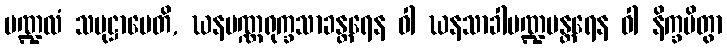
မဏ္ဍလံ သမုဋ္ဌာပေတိ, ဃနပဏ္ဏရုက္ခသာခန္တရေန ဝါ ဃနသာခါမဏ္ဍပန္တရေန ဝါ နိက္ခမိတွာ